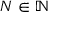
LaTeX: N \in \mathbb { N }